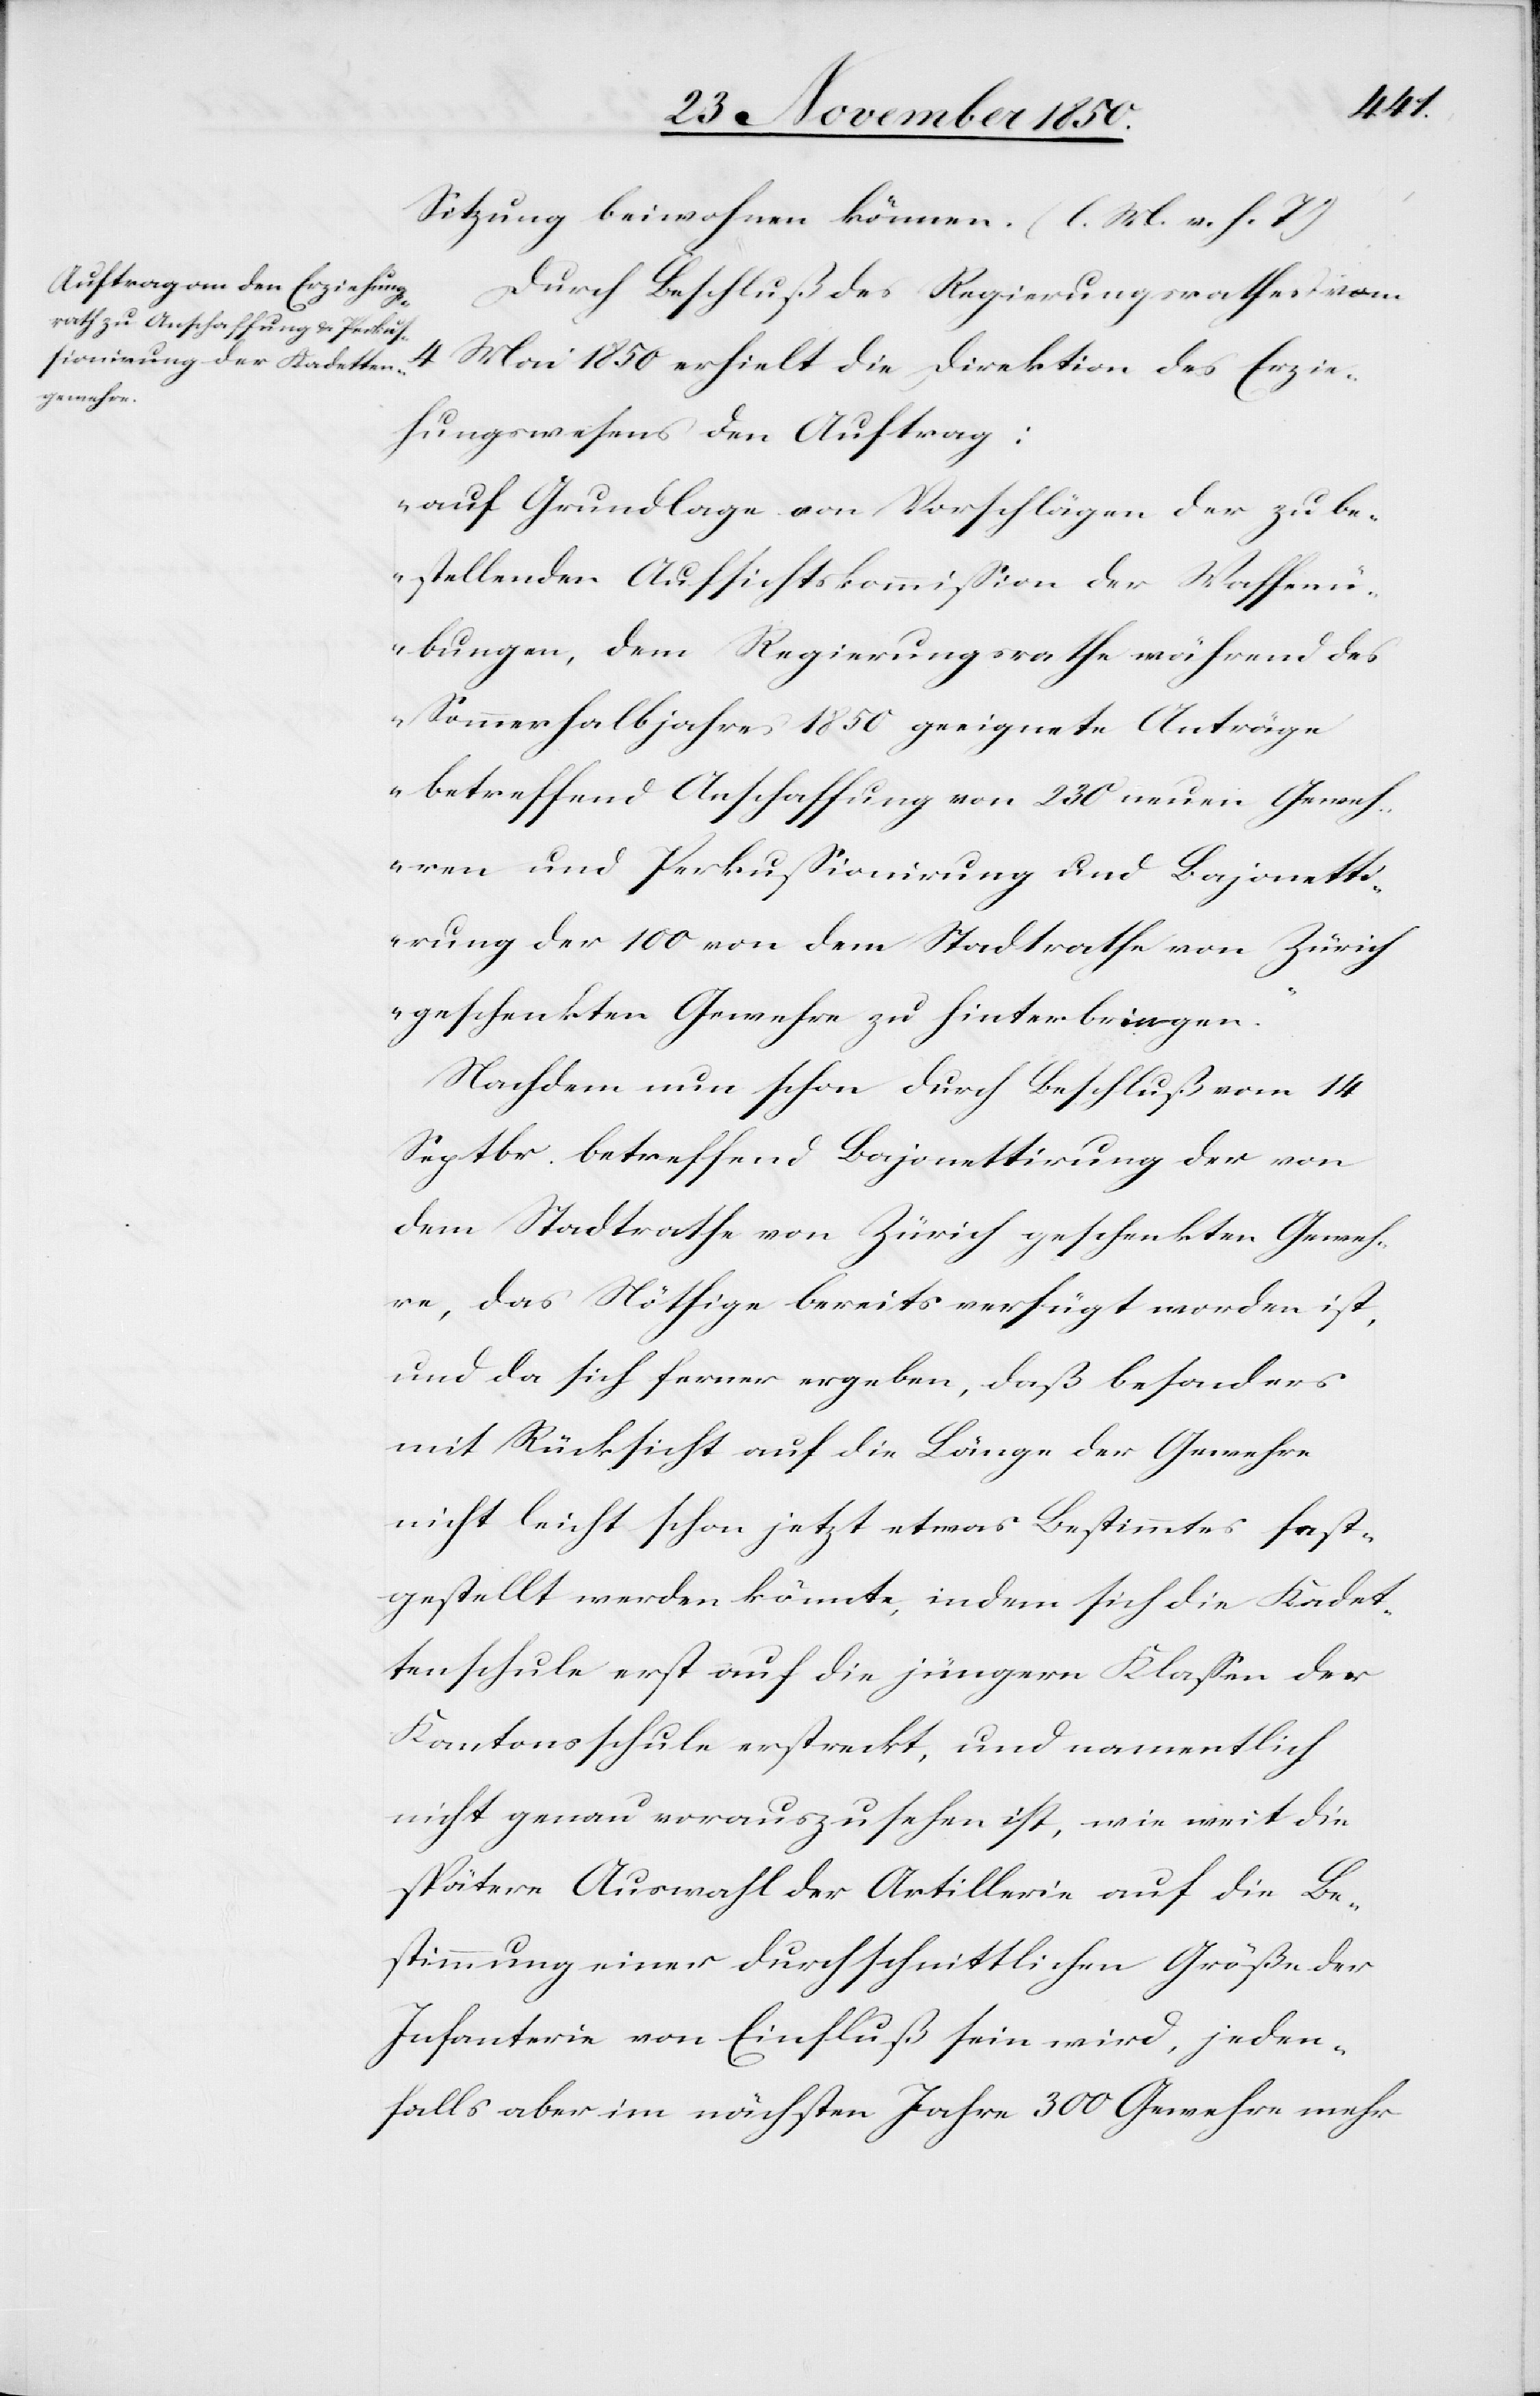
Sitzung beiwohnen können. (l. M. v. h. T)
Durch Beschluß des Regierungsrathes vom
4
Mai 1850 erhielt die Direktion des Erzie¬
hungswesens den Auftrag:
„auf Grundlage von Vorschlägen der zu be¬
stellenden Aufsichtskommission der Waffenü¬
bungen, dem Regierungsrathe während des
Sommerhalbjahres 1850 geeignete Anträge
betreffend Anschaffung von 230 neuen Geweh¬
ren und Perkussionirung und Bajonetti¬
rung der 100 von dem Stadtrathe von Zürich
geschenkten Gewehre zu hinterbringen.“
Nachdem nun schon durch Beschluß vom 14
Septbr. betreffend Bajonettirung der von
dem Stadtrathe von Zürich geschenkten Geweh¬
re, das Nöthige bereits verfügt worden ist,
und da sich ferner ergeben, daß besonders
mit Rücksicht auf die Länge der Gewehre
nicht leicht schon jetzt etwas Bestimmtes fest¬
gestellt werden könnte, indem sich die Kadet¬
tenschule erst auf die jüngern Klassen der
Kantonsschule erstreckt, und namentlich
nicht genau vorauszusehen ist, wie weit die
spätere Auswahl der Artillerie auf die Be¬
stimmung einer durchschnittlichen Größe der
Infanterie von Einfluß sein wird, jeden¬
falls aber im nächsten Jahre 300 Gewehre mehr